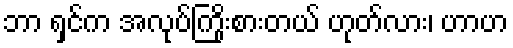
ဘာ ရှင်က အလုပ်ကြိုးစားတယ် ဟုတ်လား၊ ဟာဟ